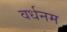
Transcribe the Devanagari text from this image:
वर्धनम